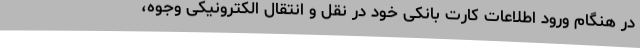
در هنگام ورود اطلاعات کارت بانکی خود در نقل و انتقال الکترونیکی وجوه،